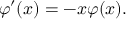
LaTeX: \varphi ^ { \prime } ( x ) = - x \varphi ( x ) .